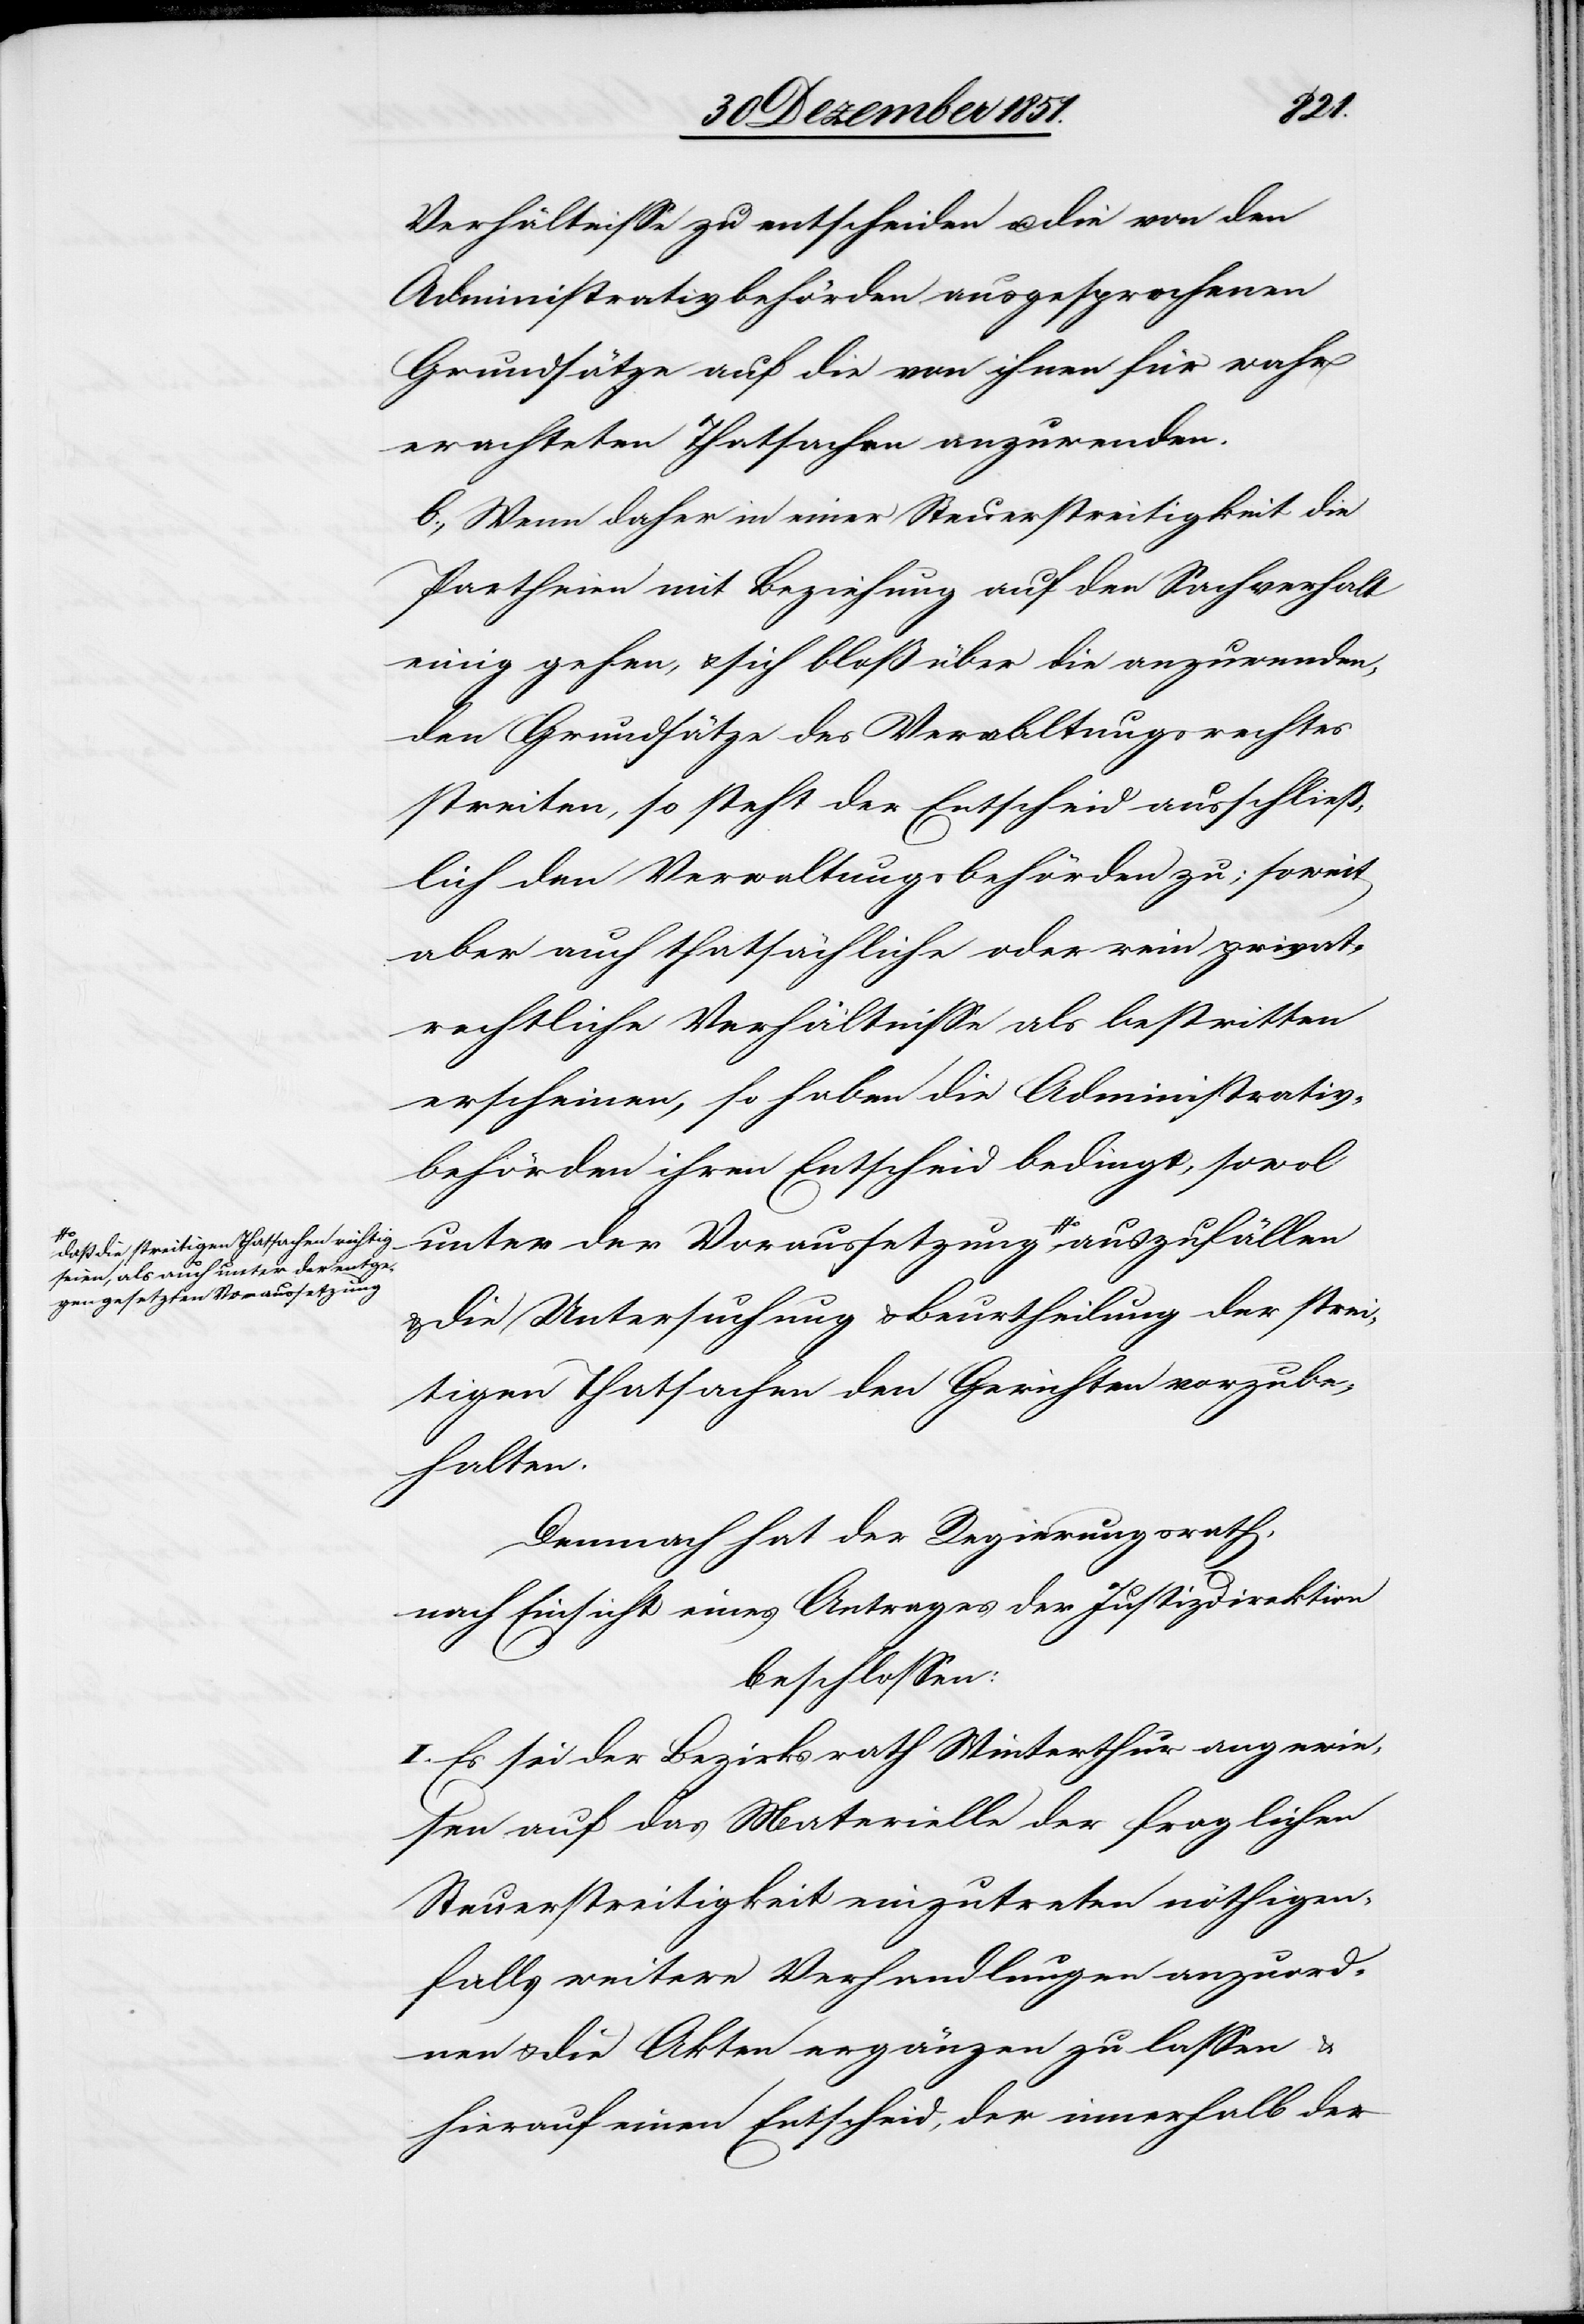
seien, als auch unter der entge¬
gen gesetzten Voraussetzung-a

Verhältnisse zu entscheiden u. die von den
Administrativbehörden ausgesprochenen
Grundsätze auf die von ihnen für wahr
erachteten Thatsachen anzuwenden.
b., Wenn daher in einer Steuerstreitigkeit die
Partheien mit Beziehung auf den Sachverhalt
einig gehen, & sich bloß über die anzuwenden¬
den Grundsätze des Verwaltungsrechtes
streiten, so steht der Entscheid ausschließ¬
lich den Verwaltungsbehörden zu; soweit
aber auch thatsächliche oder rein privat¬
rechtliche Verhältnisse als bestritten
erscheinen, so haben die Administrativ¬
behörden ihren Entscheid bedingt, sowo[h]l
unter der Voraussetzung a-daß die
& die Untersuchung & Beurtheilung der strei¬
tigen Thatsachen den Gerichten vorzube¬
halten.
Demnach hat der Regierungsrath,
nach Einsicht eines Antrages der Justizdirektion
beschlossen:
I. Es sei der Bezirksrath Winterthur angewie¬
sen auf das Materielle der fraglichen
Steuerstreitigkeit einzutreten nöthigen¬
falls weitere Verhandlungen anzuord¬
nen & die Akten ergänzen zu lassen &
hierauf einen Entscheid, der innerhalb der